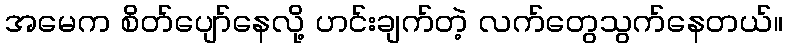
အမေက စိတ်ပျော်နေလို့ ဟင်းချက်တဲ့ လက်တွေသွက်နေတယ်။